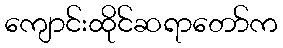
ကျောင်းထိုင်ဆရာတော်က